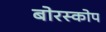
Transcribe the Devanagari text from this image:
बोरस्कोप